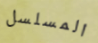
المسلسل